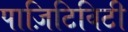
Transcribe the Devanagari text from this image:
पाज़िटिविटी